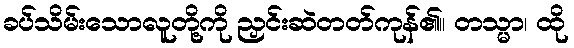
ခပ်သိမ်းသောလူတို့ကို ညှင်းဆဲတတ်ကုန်၏။ တသ္မာ၊ ထို